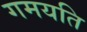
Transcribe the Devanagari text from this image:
गमयति